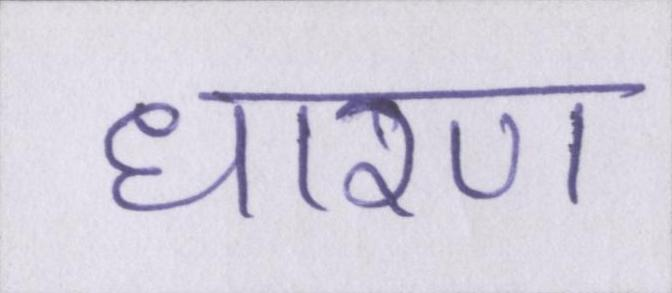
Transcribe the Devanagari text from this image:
धारण